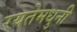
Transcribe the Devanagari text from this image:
रयतेमधुनी